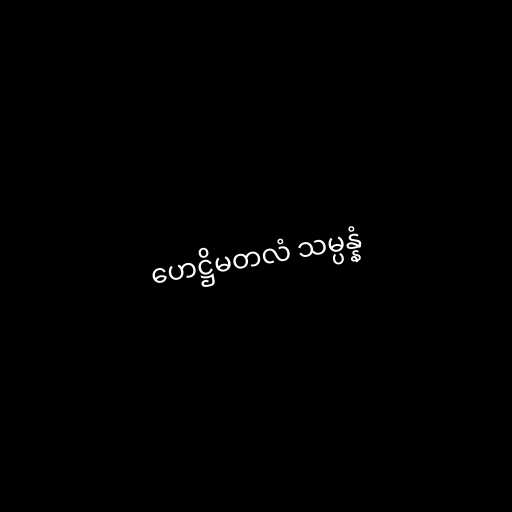
ဟေဋ္ဌိမတလံ သမ္ပန္နံ